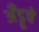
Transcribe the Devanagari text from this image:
अँड्रूचे